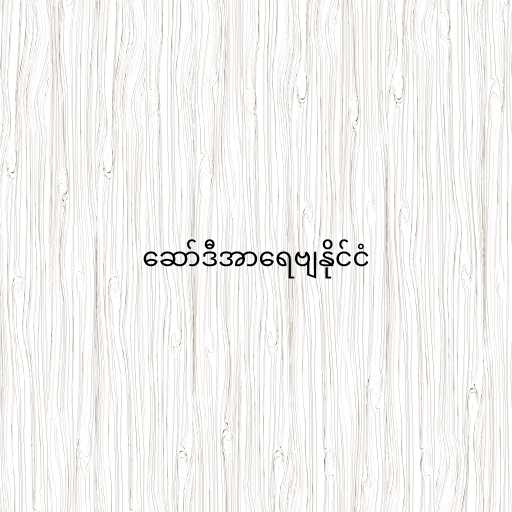
ဆော်ဒီအာရေဗျနိုင်ငံ